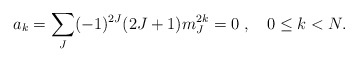
\begin{align*}a_k = \sum_J (-1)^{2J}(2J+1)m_J^{2k} =0 \; ,\quad 0\leq k<N.\end{align*}